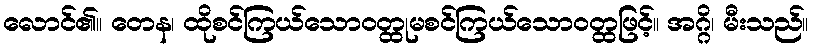
လောင်၏။ တေန၊ ထိုစင်ကြယ်သောဝတ္ထုမစင်ကြယ်သောဝတ္ထဖြင့်။ အဂ္ဂိ၊ မီးသည်။